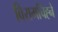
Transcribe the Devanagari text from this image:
विरामचिह्ने